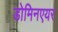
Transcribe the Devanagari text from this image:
डोमिनएयर